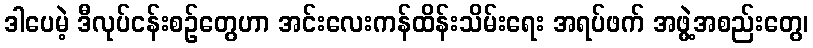
ဒါပေမဲ့ ဒီလုပ်ငန်းစဉ်တွေဟာ အင်းလေးကန်ထိန်းသိမ်းရေး အရပ်ဖက် အဖွဲ့အစည်းတွေ၊